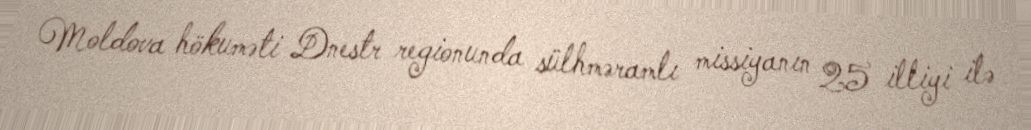
Moldova hökuməti Dnestr regionunda sülhməramlı missiyanın 25 illiyi ilə